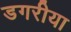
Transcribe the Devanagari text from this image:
डगरीया